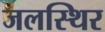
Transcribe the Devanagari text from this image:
जलस्थिर